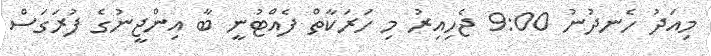
މިއަދު ހެނދުނު 9:00 ޖެހިއިރު މި ހަރަކާތް ފެއްޓުނީ ބާ އިންޖީނުގެ ފުރަގަސް